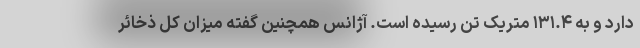
دارد و به ۱۳۱.۴ متریک تن رسیده است. آژانس همچنین گفته میزان کل ذخائر